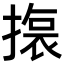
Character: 𭢆